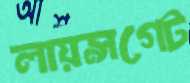
লায়ন্সগেট